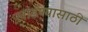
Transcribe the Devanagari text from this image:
खांडण्यासाठी